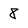
Character: 8